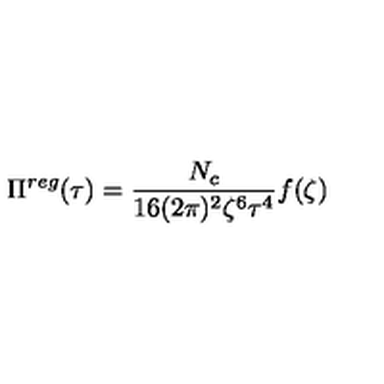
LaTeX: \Pi ^ { r e g } ( \tau ) = \frac { N _ { c } } { 1 6 ( 2 \pi ) ^ { 2 } \zeta ^ { 6 } \tau ^ { 4 } } f ( \zeta )